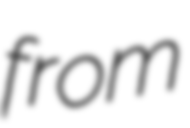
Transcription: from